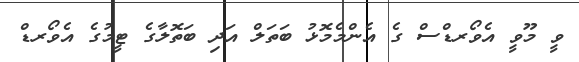
ވީ މޫވީ އެވޯރޑްސް ގެ އެންމެމޮޅު ބަތަލް އަދި ބަތޮލާގެ ޓީމުގެ އެވޯރޑް